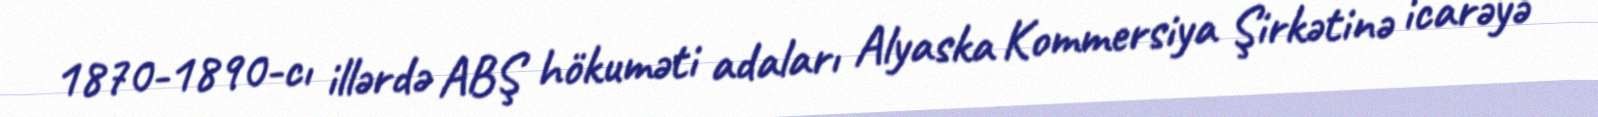
1870-1890-cı illərdə ABŞ hökuməti adaları Alyaska Kommersiya Şirkətinə icarəyə